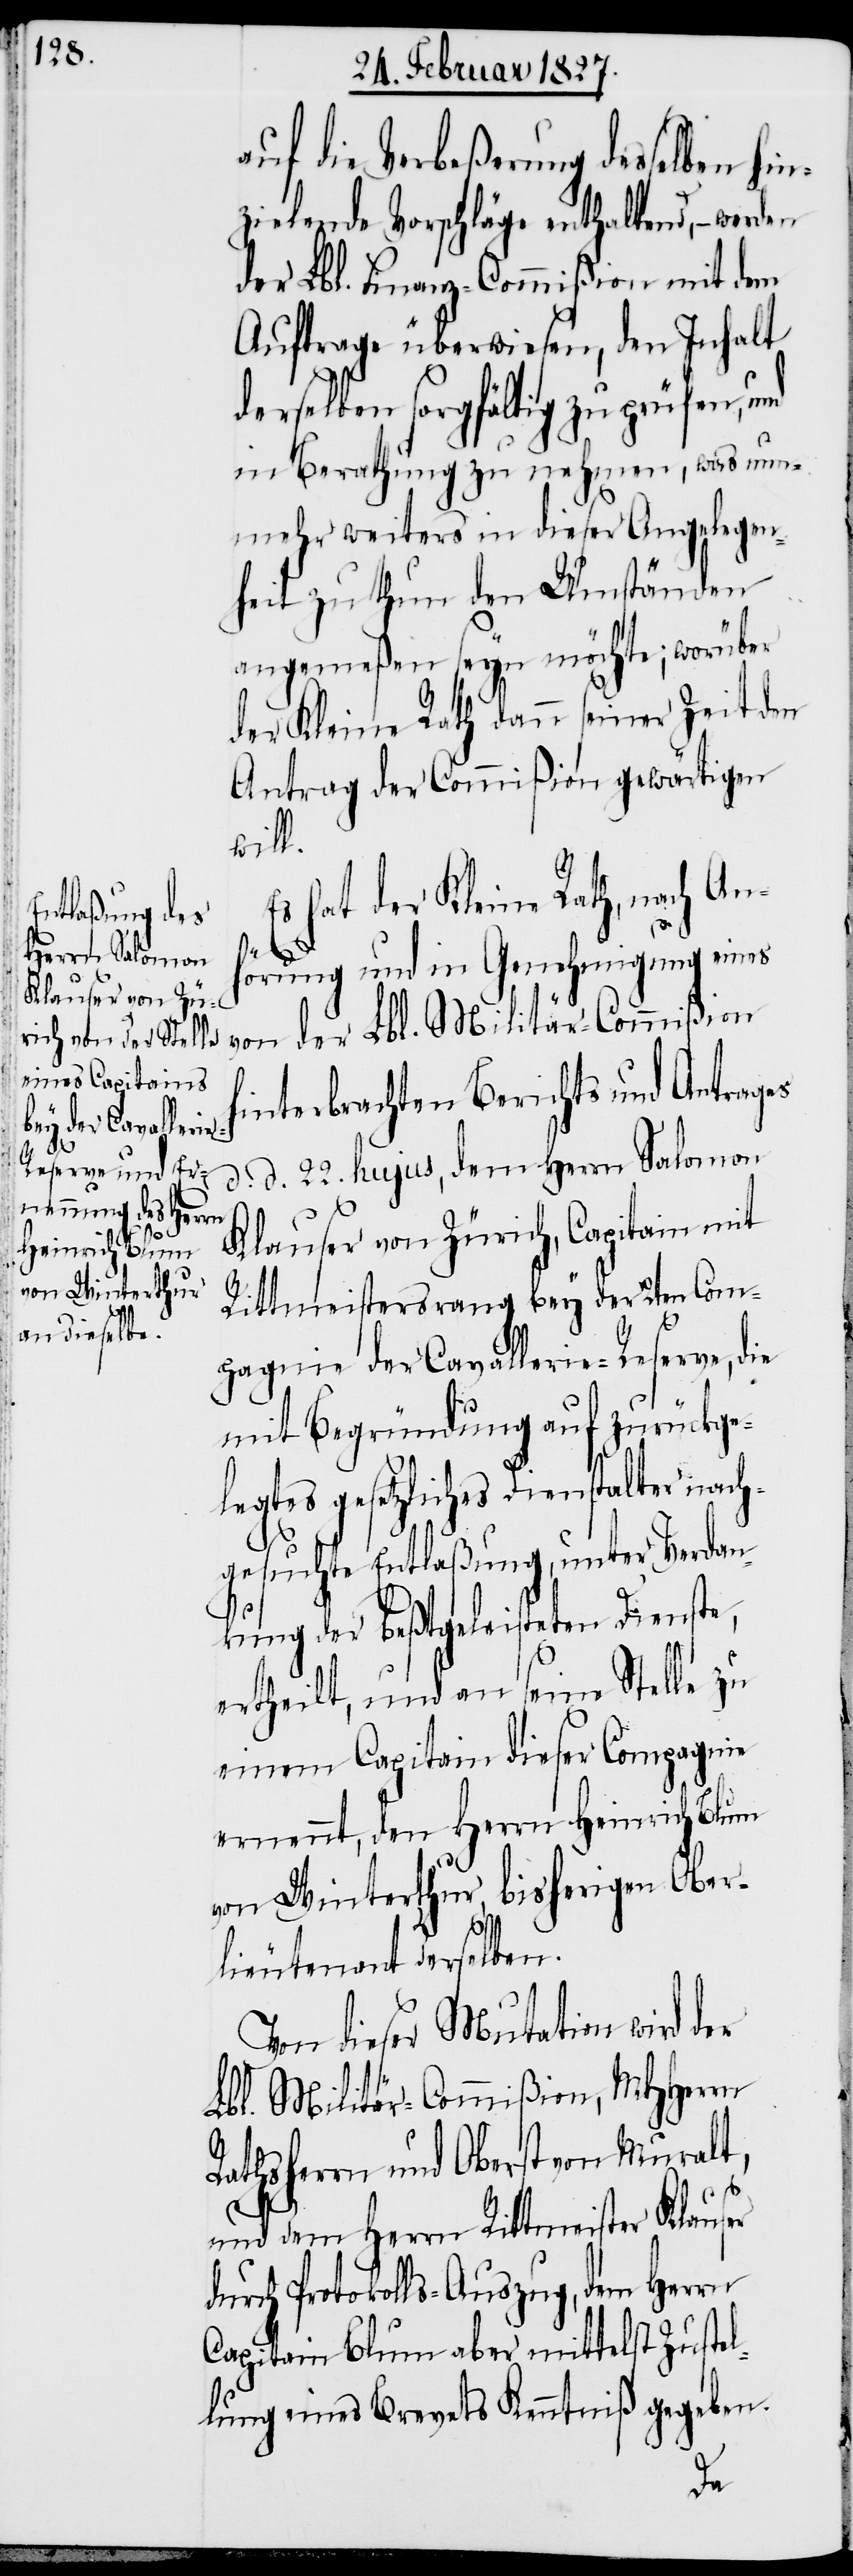
auf die Verbeßerung desselben hin¬
zielende Vorschläge enthaltend, – werden
der Lbl. Finanz-Commißion mit dem
Auftrage überwiesen, den Inhalt
derselben sorgfältig zu prüfen, und
in Berathung zu nehmen, was nun¬
mehr weiters in dieser Angelegen¬
heit zu thun den Umständen
angemeßen seyn möchte; worüber
der Kleine Rath dann seiner Zeit den
Antrag der Commißion gewärtigen
will.
hat der Kleine Rath, nach An¬
hörung und in Genehmigung eines
interbrachten Berichtes und Antrages
d. d. 22. hujus, dem Herrn Salomon
Klauser von Zürich, Capitain mit
Rittmeistersrang bey der 2ten Com¬
pagnie der Cavallerie-Reserve, die
mit Begründung auf zurückge¬
legtes gesetzliches Dienstalter nach¬
gesuchte Entlaßung, unter Verdan¬
kung der beßtgeleisteten Dienste,
ertheilt, und an seine Stelle zu
einem Capitain dieser Compagnie
ernennt, den Herrn Heinrich Blum
von Winterthur, bisherigen Ober¬
lieutenant derselben.
Von dieser Mutation wird der
Lbl. Militär-Commißion, MHHerrn
Rathsherrn und Oberst von Muralt,
und dem Herrn Rittmeister Klauser
durch Protokolls-Auszug, dem Herrn
Capitain Blum aber mittelst Zustel¬
lung eines Brevets Kenntniß gegeben.
der